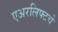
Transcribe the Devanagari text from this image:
एअरलिफ्टचे